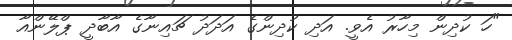
"ހަ ކުދިން މިހާރު އެވީ. އަދި ކުދިންގެ އަދަދު ޗައިނާގެ އާބާދީ ޕްލޭންއާ